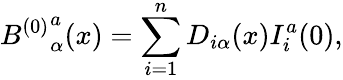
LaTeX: {B^{(0)}}_{\alpha}^{a}(x)=\sum_{i=1}^{n}D_{i\alpha}(x)I_{i}^{a}(0),